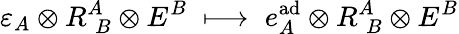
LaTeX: \varepsilon_{A}\otimes R_{\; B}^{A}\otimes E^{B}\; \longmapsto\; e_{A}^{\mathrm{ad}}\otimes R_{\; B}^{A}\otimes E^{B}